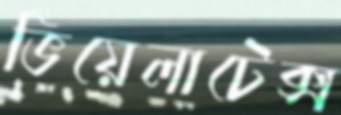
ভিয়েলাটেক্স